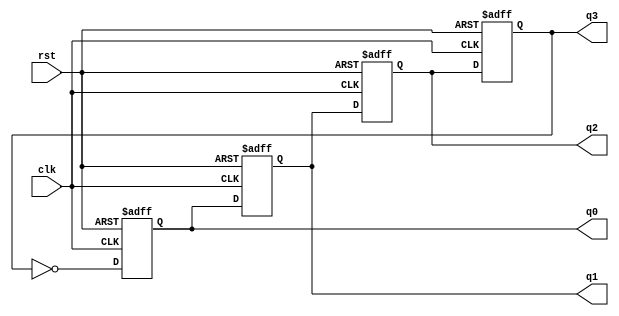
/*

*/

/*
johnson
Inputs:
Outputs:
Description:   
Author:
Written On:
*/
module johnson(q0, q1, q2, q3, clk, rst);
	input clk, rst;
	output reg q0, q1, q2, q3;
		
	always@ (negedge rst or posedge clk) begin
		if(!rst) {q0, q1, q2, q3} = {4'b0};
		else begin
			q0 <= ~q3;
			q1 <= q0;
			q2 <= q1;
			q3 <= q2;
		end
	end
	
endmodule